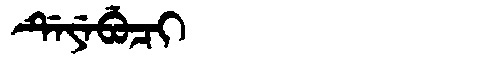
Manchu: ᡩᡝᠶᡝᠪᡠᠴᡳ
Romanization: DEYEBUCI